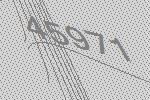
45971